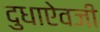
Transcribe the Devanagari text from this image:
दुधाऐवजी